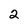
Character: 2